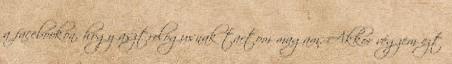
a facebookon, hogy asztrológusnak tartom magam. Akkor végzem ezt